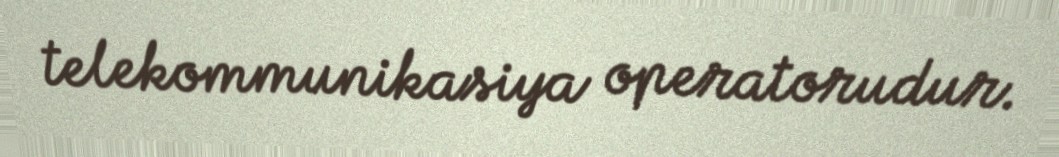
telekommunikasiya operatorudur.